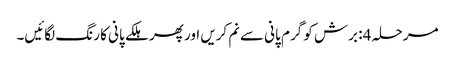
مرحلہ 4: برش کو گرم پانی سے نم کریں اور پھر ہلکے پانی کا رنگ لگائیں۔